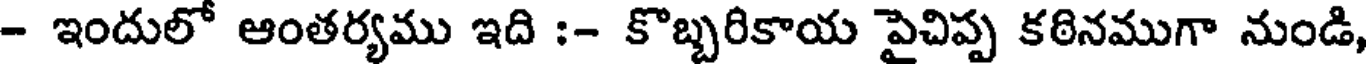
- ఇందులో ఆంతర్యము ఇది :- కొబ్బరికాయ పైచిప్ప కఠినముగా నుండి,